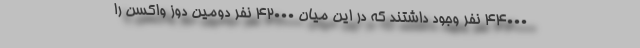
۴۴۰۰۰ نفر وجود داشتند که در این میان ۴۲۰۰۰ نفر دومین دوز واکسن را